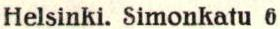
Helsinki. Simonkatu 6